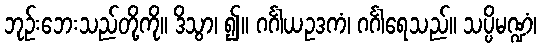
ဘုဉ်းဘေးသည်တို့ကို။ ဒိသွာ၊ ၍။ ဂင်္ဂါယဥဒကံ၊ ဂင်္ဂါရေသည်။ သပ္ပိမဏ္ဍံ၊